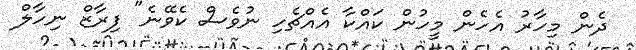
ދެން މިހާރު އެހެން މީހުން ކައްކާ އެއްޗެހި ނުވެސް ކެވޭނެ" ފިރާޒް ނިހާލް